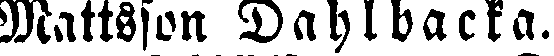
Mattsson Dahlbacka.